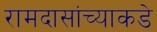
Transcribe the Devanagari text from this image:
रामदासांच्याकडे